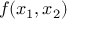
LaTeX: f ( x _ { 1 } , x _ { 2 } )